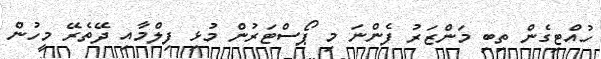
ހުއްޓިގެން ތިބި މަންޒަރު ފެންނަ މި ޕޯސްޓަރުން މުޅި ފިލްމާއި ދޭތެރޭ މީހުން